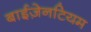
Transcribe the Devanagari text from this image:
बाईज़ेनटियम